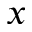
x